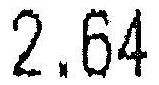
2.64